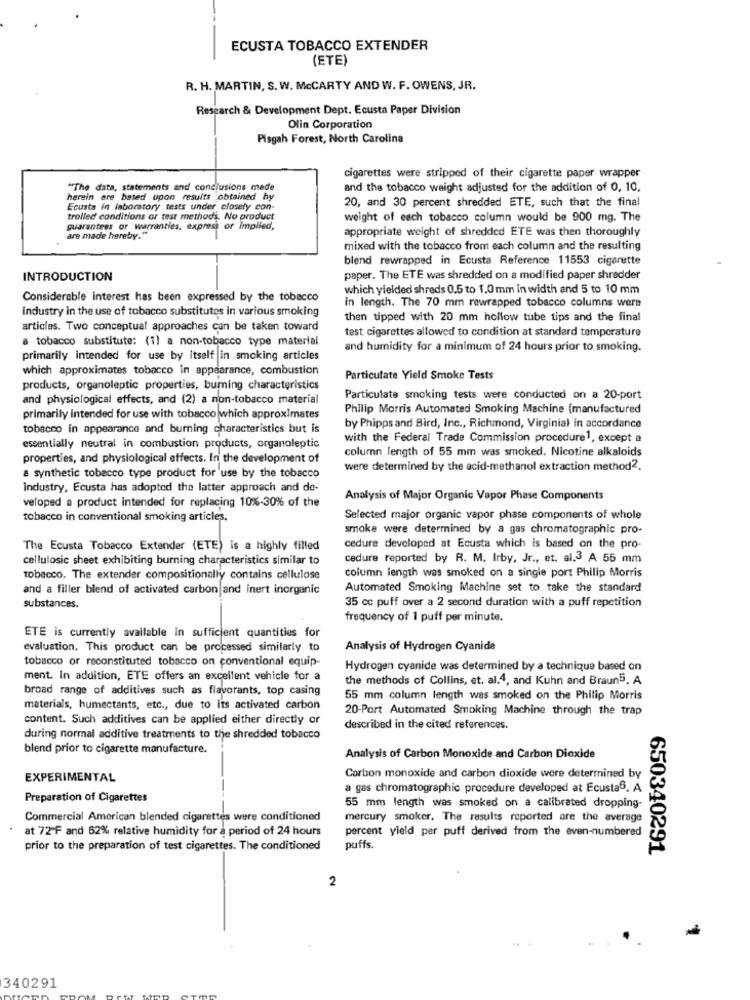
ECUSTA TOBACCO EXTENDER
(ETE)
R. H. MARTIN, S. W. MCCARTY AND W. F. OWENS, JR.
Research & Development Dept. Ecusta Paper Division
Olin Corporation
Pisgah Forest, North Carolina
cigarettes were stripped of their cigarette paper wrapper
"The data, statements and conclusions mede
and the tobacco weight adjusted for the addition of 0, 10,
herein are based upon results obtained by
Ecusta in laboratory tests under closely con-
20, and 30 percent shredded ETE, such that the final
trolled conditions or test methods. No product
weight of each tobacco column would be 900 mg. The
guarantees or warranties, express or implied,
appropriate weight of shredded ETE was then thoroughly
are made hereby."
mixed with the tobacco from each column and the resulting
blend rewrapped in Ecusta Reference 11553 cigarette
INTRODUCTION
paper. The ETE was shredded on a modified paper shredder
which yielded shreds 0.5 to 1.0 mm in width and 5 to 10 mm
Considerable interest has been expressed by the tobacco
in length. The 70 mm rewrapped tobacco columns were
industry in the use of tobacco substitutes in various smoking
then tipped with 20 mm hollow tube tips and the final
articles. Two conceptual approaches can be taken toward
test cigarettes allowed to condition at standard temperature
a tobacco substitute: (1) a non-tobacco type material
and humidity for a minimum of 24 hours prior to smoking.
primarily intended for use by itself in smoking articles
which approximates tobacco in appearance, combustion
Particulate Yield Smoke Tests
products, organoleptic properties, buming characteristics
and physiological effects, and (2) a non-tobacco material
Particulate smoking tests were conducted on a 20-port
Philip Morris Automated Smoking Machine (manufactured
primarily intended for use with tobacco which approximates
tobacco in appearance and burning characteristics but is
by Phipps and Bird, Inc ., Richmond, Virginial in accordance
with the Federal Trade Commission procedure1, except a
essentially neutral in combustion products, organoleptic
column length of 55 mm was smoked. Nicotine alkaloids
properties, and physiological effects. In the development of
& synthetic tobacco type product for use by the tobacco
were determined by the acid-methanol extraction method2.
industry, Ecusta has adopted the latter approach and de-
veloped a product intended for replacing 10%-30% of the
Analysis of Major Organic Vapor Phase Components
tobacco in conventional smoking articles.
Selected major organic vapor phase components of whole
smoke were determined by a gas chromatographic pro-
The Ecusta Tobacco Extender (ETE) is a highly filled
cedure developed at Ecusta which is based on the pro-
cellulosic sheet exhibiting burning characteristics similar to
cedure reported by R. M. Irby, Jr ., et. al.3 A 55 mm
column length was smoked on a single port Philip Morris
tobacco. The extender compositionally contains cellulose
and a filler blend of activated carbon and inert inorganic
Automated Smoking Machine set to take the standard
35 cc puff over a 2 second duration with a puff repetition
substances.
frequency of 1 puff per minute.
ETE is currently available in sufficient quantities for
evaluation, This product can be processed similarly to
Analysis of Hydrogen Cyanide
tobacco or reconstituted tobacco on conventional equip
Hydrogen cyanide was determined by a technique based on
ment. In addition, ETE offers an excellent vehicle for a
the methods of Collins, et. al.4, and Kuhn and Braun5. A
broad range of additives such as flavorants, top casing
55 mm column length was smoked on the Philip Morris
materials, humectants, etc ., due to its activated carbon
20-Port Automated Smoking Machine through the trap
content. Such additives can be applied either directly or
described in the cited references.
during normal additive treatments to the shredded tobacco
blend prior to cigarette manufacture.
Analysis of Carbon Monoxide and Carbon Dioxide
EXPERIMENTAL
Carbon monoxide and carbon dioxide were determined by
a gas chromatographic procedure developed at Ecusta6. A
Preparation of Cigarettes
-
55 mm length was smoked on a calibrated dropping-
Commercial American blended cigarettes were conditioned
mercury smoker. The results reported are the average
at 72'F and 62% relative humidity for a period of 24 hours
percent yield per puff derived from the even-numbered
prior to the preparation of test cigarettes. The conditioned
puffs.
650340291
2
340291